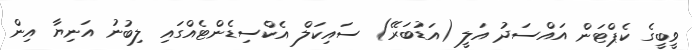
ވީބީގެ ކެޕްޓަން އައްސަދު އަލީ (އަޑުބަރޭ) ސައިކަލް އެކްސިޑެންޓެއްގައި ލިބުނު އަނިޔާ އިން